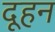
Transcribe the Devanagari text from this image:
दूहन